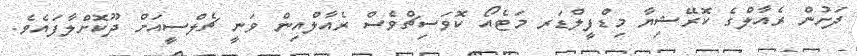
ދަށުން ރެއާލްގެ ކޮރޭޝިޔާ މިޑްފީލްޑަރ މަޓެއޯ ކޮވަސިޗްވެސް ރެއާލްއިން ވަނީ ޗެލްސީއަށް ދޫކޮށްލާފައެވެ.